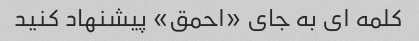
کلمه ای به جای «احمق» پیشنهاد کنید